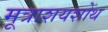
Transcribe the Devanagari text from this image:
मूत्राशयशोथ